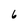
Character: 6